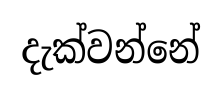
දැක්වන්නේ